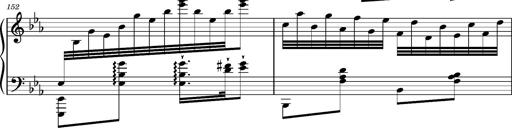
Title: Magyar rapszÃ³diÃ¡k
Composer: Franz Liszt